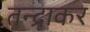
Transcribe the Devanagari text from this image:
तन्द्राकर